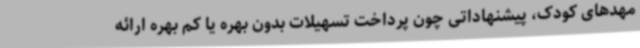
مهدهای کودک، پیشنهاداتی چون پرداخت تسهیلات بدون بهره یا کم بهره ارائه